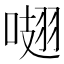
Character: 𠺏